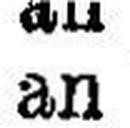
an